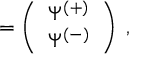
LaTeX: { \bf \Psi } = \left( \begin{array} { c } { { \Psi ^ { ( + ) } } } \\ { { \Psi ^ { ( - ) } } } \end{array} \right) \; ,